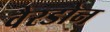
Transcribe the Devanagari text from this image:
वैरडोन